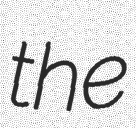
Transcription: the